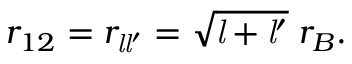
r _ { 1 2 } = r _ { { \mathit { l } } { \mathit { l } } ^ { \prime } } = { \sqrt { { \mathit { l } } + { \mathit { l } } ^ { \prime } } } \; r _ { B } .